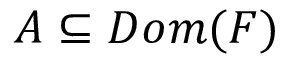
A \subseteq D o m ( F )